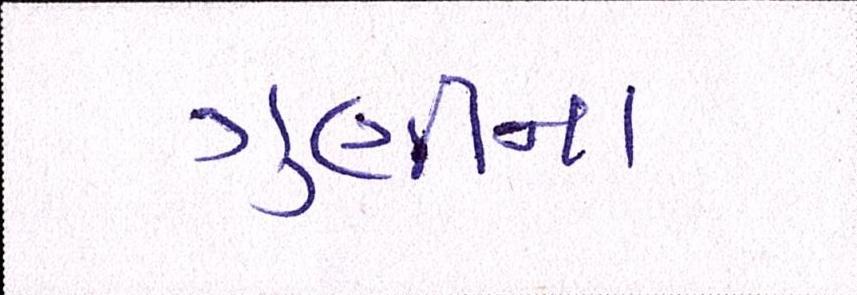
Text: ગુણીના